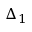
\Delta _ { 1 }